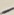
Text: -